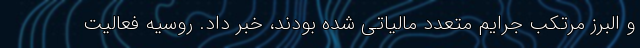
و البرز مرتکب جرایم متعدد مالیاتی شده بودند، خبر داد. روسیه فعالیت‌